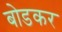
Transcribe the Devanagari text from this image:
बोडकर